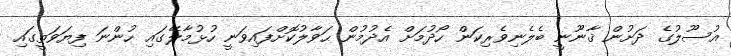
އުސޫލުގެ ދަށުން ޤާނޫނީ ބެލެނިވެރިކަން ހޯދުމަށް އެދުމުން ޙަވާލުކޮށްފައިވަނީ ހުޅުމާލޭގައި ހުންނަ ފިޔަވަތީގައި